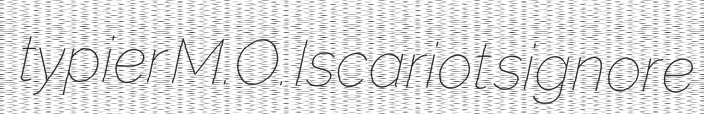
typier M.O. Iscariot signore